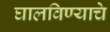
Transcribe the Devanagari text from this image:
घालविण्याचे